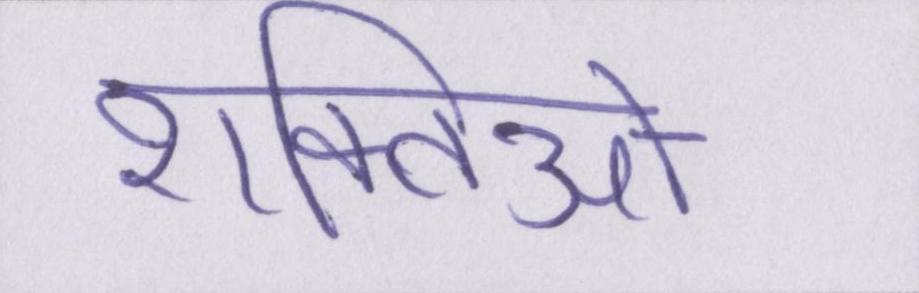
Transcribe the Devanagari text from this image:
शक्तिओ